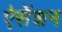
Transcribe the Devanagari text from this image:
ऐसेंशन